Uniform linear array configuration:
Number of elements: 12
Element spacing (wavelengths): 0.25
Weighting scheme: blackman
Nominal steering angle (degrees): -30
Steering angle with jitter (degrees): -28.698
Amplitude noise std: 0.05
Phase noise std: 0.05

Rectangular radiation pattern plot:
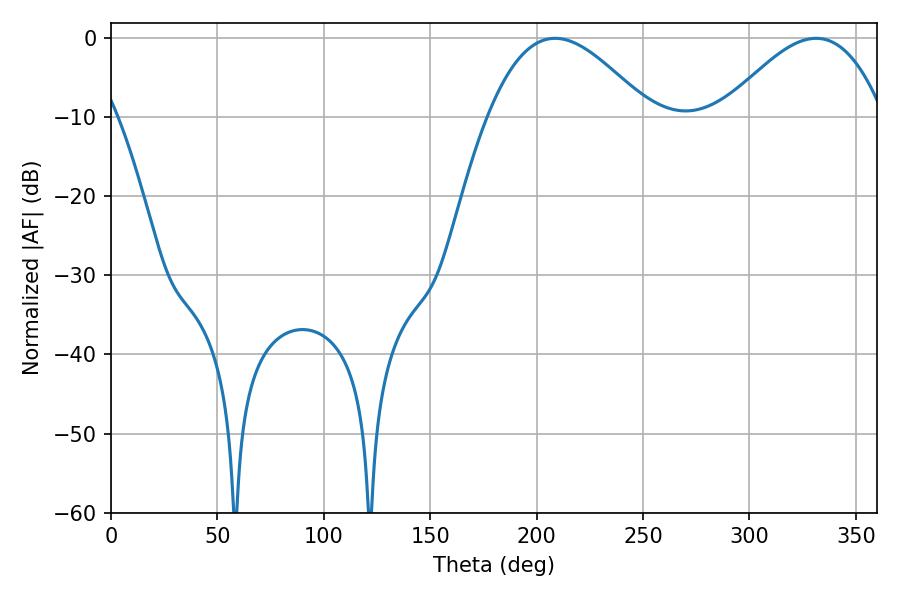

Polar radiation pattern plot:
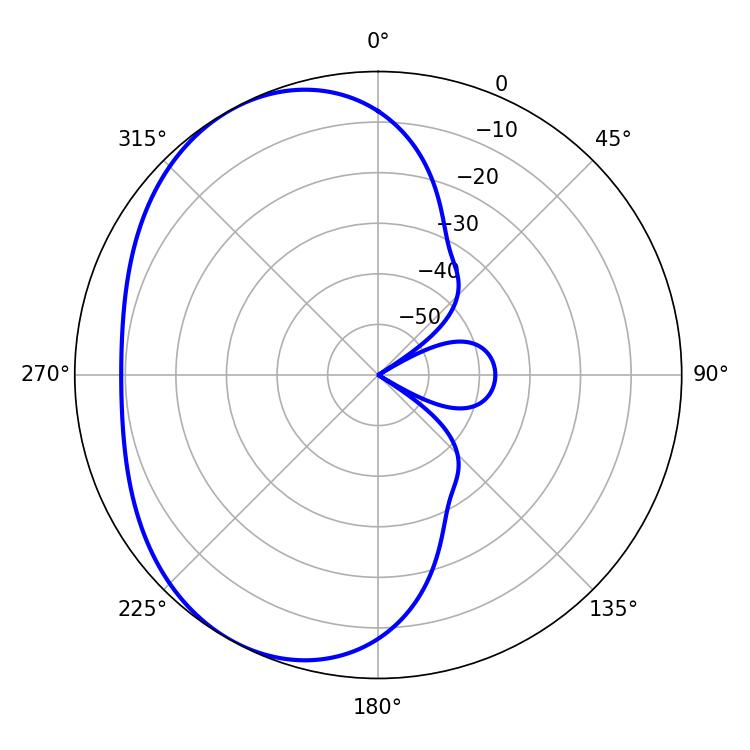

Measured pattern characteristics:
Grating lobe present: FALSE
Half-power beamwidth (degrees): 40.86
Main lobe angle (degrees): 208.62